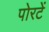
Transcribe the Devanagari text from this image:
पोरटें